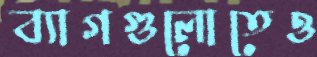
ব্যাগগুলোতেও